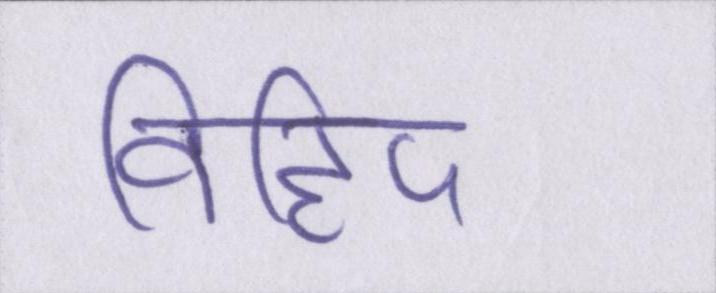
विहिप